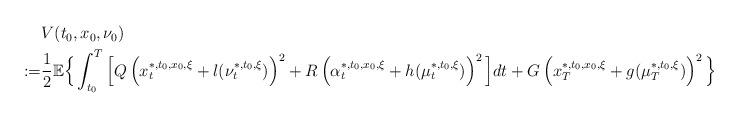
LaTeX: \begin{align*}\begin{aligned}&V(t_0,x_0,\nu_0)\\:=&\frac{1}{2}\mathbb{E}\Big\{\int_{t_0}^T\Big[Q\left(x_t^{*,t_0,x_0,\xi}+l(\nu_t^{*,t_0,\xi})\right)^2+R\left(\alpha_t^{*,t_0,x_0,\xi}+h(\mu_t^{*,t_0,\xi})\right)^2\Big]dt+G\left(x_T^{*,t_0,x_0,\xi}+g(\mu_T^{*,t_0,\xi})\right)^2\Big\}\end{aligned}\end{align*}